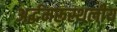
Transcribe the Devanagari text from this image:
अर्द्धमरूस्थलीय